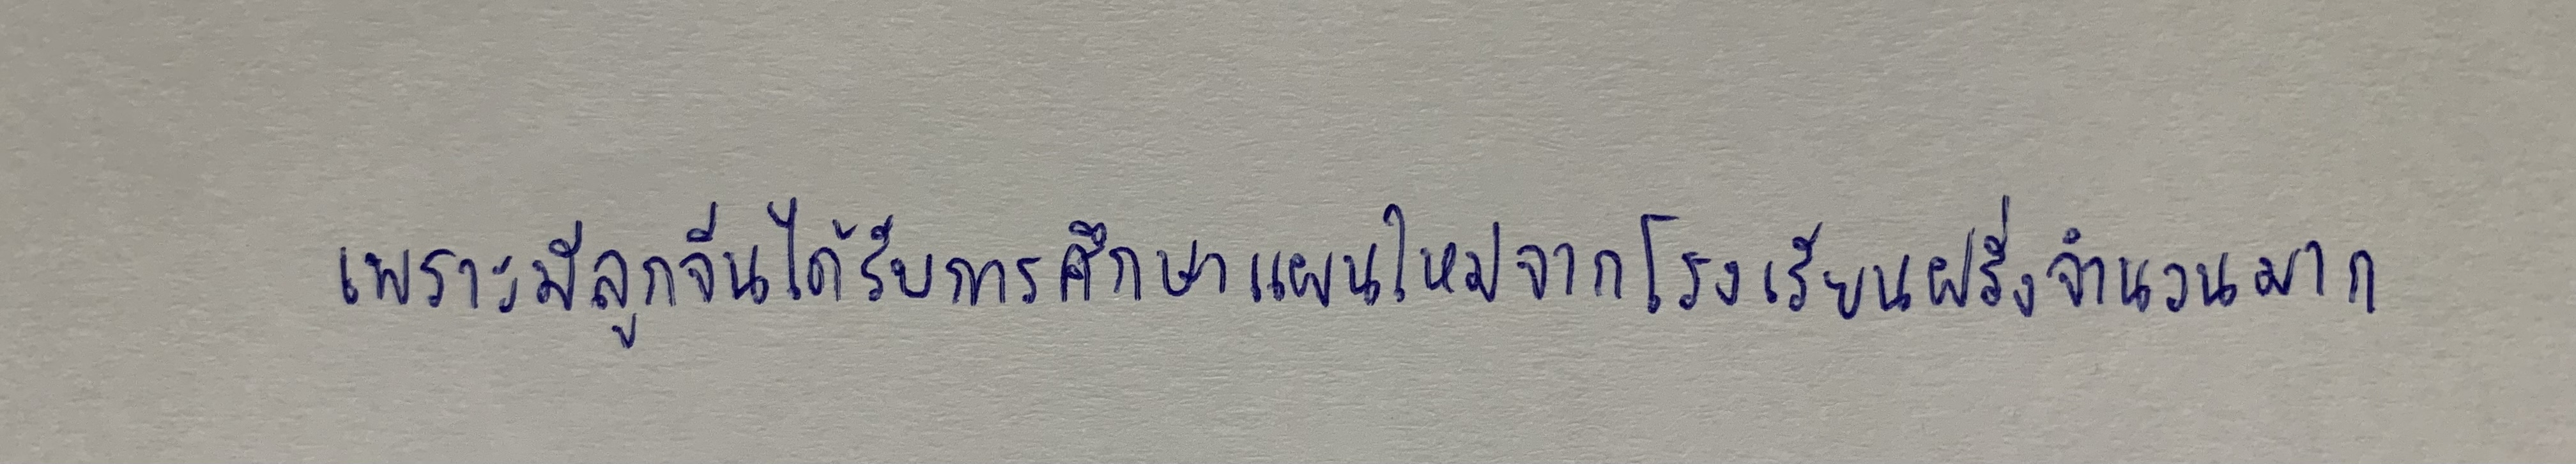
เพราะมีลูกจีนได้รับการศึกษาแผนใหม่จากโรงเรียนฝรั่งจำนวนมาก